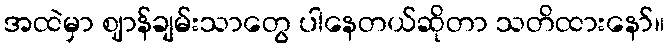
အထဲမှာ ဈာန်ချမ်းသာတွေ ပါနေတယ်ဆိုတာ သတိထားနော်။